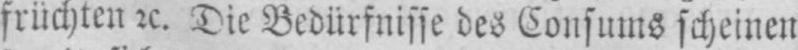
früchten etc. Die Bedürfnisse des Consums scheinen